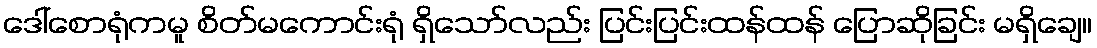
ဒေါ်စောရုံကမူ စိတ်မကောင်းရုံ ရှိသော်လည်း ပြင်းပြင်းထန်ထန် ပြောဆိုခြင်း မရှိချေ။